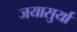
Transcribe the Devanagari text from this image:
जयासुर्या